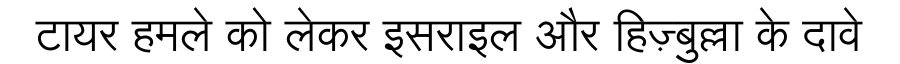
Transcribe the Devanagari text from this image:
टायर हमले को लेकर इसराइल और हिज़्बुल्ला के दावे